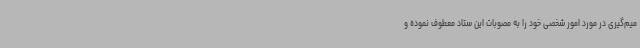
میم‌گیری در مورد امور شخصی خود را به مصوبات این ستاد معطوف نموده و